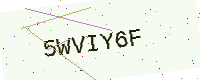
Text: 5WVIY6F